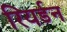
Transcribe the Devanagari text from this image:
रियर्डन